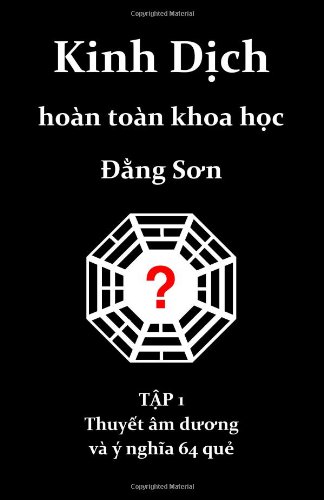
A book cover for Kinh Dich hoan toan khoa hoc: Thuyet am duong va y nghia 64 que (Vietnamese Edition); Dang Son; Religion & Spirituality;